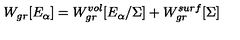
W _ { g r } [ E _ { \alpha } ] = W _ { g r } ^ { v o l } [ E _ { \alpha } / \Sigma ] + W _ { g r } ^ { s u r f } [ \Sigma ]